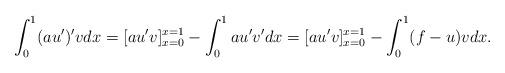
LaTeX: \begin{align*}\int_0^1 (au')' v dx = [au' v]_{x=0}^{x=1} - \int_0^1 au'v' dx = [au' v]_{x=0}^{x=1} - \int_0^1 (f-u) vdx.\end{align*}